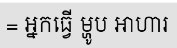
= អ្នកធ្វើ ម្ហូប អាហារ